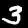
Digit: 3